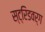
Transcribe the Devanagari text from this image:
स्ट्रिडवर्ग